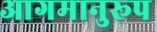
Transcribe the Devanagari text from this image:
आगमानुरूप